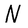
Character: N